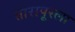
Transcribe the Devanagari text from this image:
तारापूरला